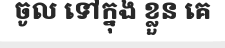
ចូល ទៅក្នុង ខ្លួន គេ